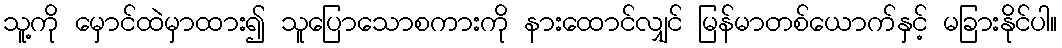
သူ့ကို မှောင်ထဲမှာထား၍ သူပြောသောစကားကို နားထောင်လျှင် မြန်မာတစ်ယောက်နှင့် မခြားနိုင်ပါ။